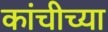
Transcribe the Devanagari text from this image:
कांचीच्या